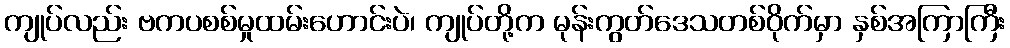
ကျုပ်လည်း ဗကပစစ်မှုထမ်းဟောင်းပဲ၊ ကျုပ်တို့က မုန်းကွတ်ဒေသတစ်ဝိုက်မှာ နှစ်အကြာကြီး